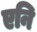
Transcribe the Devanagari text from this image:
एनि